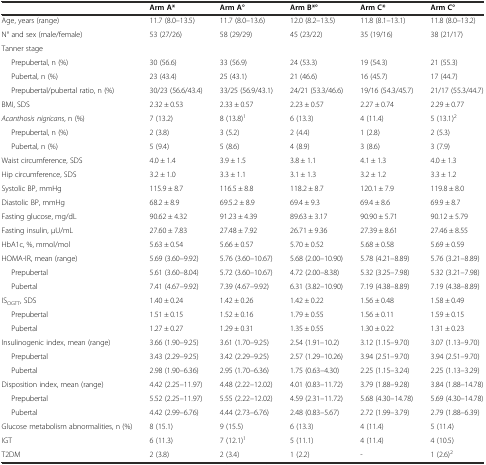
<table><thead><tr><td></td><td><b>Arm A*</b></td><td><b>Arm A°</b></td><td><b>Arm B*°</b></td><td><b>Arm C*</b></td><td><b>Arm C°</b></td></tr></thead><tbody><tr><td>Age, years (range)</td><td>11.7 (8.0–13.5)</td><td>11.7 (8.0–13.6)</td><td>12.0 (8.2–13.5)</td><td>11.8 (8.1–13.1)</td><td>11.8 (8.0–13.2)</td></tr><tr><td>N° and sex (male/female)</td><td>53 (27/26)</td><td>58 (29/29)</td><td>45 (23/22)</td><td>35 (19/16)</td><td>38 (21/17)</td></tr><tr><td>Tanner stage</td><td></td><td></td><td></td><td></td><td></td></tr><tr><td>Prepubertal, n (%)</td><td>30 (56.6)</td><td>33 (56.9)</td><td>24 (53.3)</td><td>19 (54.3)</td><td>21 (55.3)</td></tr><tr><td>Pubertal, n (%)</td><td>23 (43.4)</td><td>25 (43.1)</td><td>21 (46.6)</td><td>16 (45.7)</td><td>17 (44.7)</td></tr><tr><td>Prepubertal/pubertal ratio, n (%)</td><td>30/23 (56.6/43.4)</td><td>33/25 (56.9/43.1)</td><td>24/21 (53.3/46.6)</td><td>19/16 (54.3/45.7)</td><td>21/17 (55.3/44.7)</td></tr><tr><td>BMI, SDS</td><td>2.32 ± 0.53</td><td>2.33 ± 0.57</td><td>2.23 ± 0.57</td><td>2.27 ± 0.74</td><td>2.29 ± 0.77</td></tr><tr><td><i>Acanthosis nigricans</i>, n (%)</td><td>7 (13.2)</td><td>8 (13.8)<sup>1</sup></td><td>6 (13.3)</td><td>4 (11.4)</td><td>5 (13.1)<sup>2</sup></td></tr><tr><td>Prepubertal, n (%)</td><td>2 (3.8)</td><td>3 (5.2)</td><td>2 (4.4)</td><td>1 (2.8)</td><td>2 (5.3)</td></tr><tr><td>Pubertal, n (%)</td><td>5 (9.4)</td><td>5 (8.6)</td><td>4 (8.9)</td><td>3 (8.6)</td><td>3 (7.9)</td></tr><tr><td>Waist circumference, SDS</td><td>4.0 ± 1.4</td><td>3.9 ± 1.5</td><td>3.8 ± 1.1</td><td>4.1 ± 1.3</td><td>4.0 ± 1.3</td></tr><tr><td>Hip circumference, SDS</td><td>3.2 ± 1.0</td><td>3.3 ± 1.1</td><td>3.1 ± 1.3</td><td>3.2 ± 1.2</td><td>3.3 ± 1.2</td></tr><tr><td>Systolic BP, mmHg</td><td>115.9 ± 8.7</td><td>116.5 ± 8.8</td><td>118.2 ± 8.7</td><td>120.1 ± 7.9</td><td>119.8 ± 8.0</td></tr><tr><td>Diastolic BP, mmHg</td><td>68.2 ± 8.9</td><td>69.5.2 ± 8.9</td><td>69.4 ± 9.3</td><td>69.4 ± 8.6</td><td>69.9 ± 8.7</td></tr><tr><td>Fasting glucose, mg/dL</td><td>90.62 ± 4.32</td><td>91.23 ± 4.39</td><td>89.63 ± 3.17</td><td>90.90 ± 5.71</td><td>90.12 ± 5.79</td></tr><tr><td>Fasting insulin, μU/mL</td><td>27.60 ± 7.83</td><td>27.48 ± 7.92</td><td>26.71 ± 9.36</td><td>27.39 ± 8.61</td><td>27.46 ± 8.55</td></tr><tr><td>HbA1c, %, mmol/mol</td><td>5.63 ± 0.54</td><td>5.66 ± 0.57</td><td>5.70 ± 0.52</td><td>5.68 ± 0.58</td><td>5.69 ± 0.59</td></tr><tr><td>HOMA-IR, mean (range)</td><td>5.69 (3.60–9.92)</td><td>5.76 (3.60–10.67)</td><td>5.68 (2.00–10.90)</td><td>5.78 (4.21–8.89)</td><td>5.76 (3.21–8.89)</td></tr><tr><td>Prepubertal</td><td>5.61 (3.60–8.04)</td><td>5.72 (3.60–10.67)</td><td>4.72 (2.00–8.38)</td><td>5.32 (3.25–7.98)</td><td>5.32 (3.21–7.98)</td></tr><tr><td>Pubertal</td><td>7.41 (4.67–9.92)</td><td>7.39 (4.67–9.92)</td><td>6.31 (3.82–10.90)</td><td>7.19 (4.38–8.89)</td><td>7.19 (4.38–8.89)</td></tr><tr><td>IS<sub>OGTT</sub>, SDS</td><td>1.40 ± 0.24</td><td>1.42 ± 0.26</td><td>1.42 ± 0.22</td><td>1.56 ± 0.48</td><td>1.58 ± 0.49</td></tr><tr><td>Prepubertal</td><td>1.51 ± 0.15</td><td>1.52 ± 0.16</td><td>1.79 ± 0.55</td><td>1.56 ± 0.11</td><td>1.59 ± 0.15</td></tr><tr><td>Pubertal</td><td>1.27 ± 0.27</td><td>1.29 ± 0.31</td><td>1.35 ± 0.55</td><td>1.30 ± 0.22</td><td>1.31 ± 0.23</td></tr><tr><td>Insulinogenic index, mean (range)</td><td>3.66 (1.90–9.25)</td><td>3.61 (1.70–9.25)</td><td>2.54 (1.91–10.2)</td><td>3.12 (1.15–9.70)</td><td>3.07 (1.13–9.70)</td></tr><tr><td>Prepubertal</td><td>3.43 (2.29–9.25)</td><td>3.42 (2.29–9.25)</td><td>2.57 (1.29–10.26)</td><td>3.94 (2.51–9.70)</td><td>3.94 (2.51–9.70)</td></tr><tr><td>Pubertal</td><td>2.98 (1.90–6.36)</td><td>2.95 (1.70–6.36)</td><td>1.75 (0.63–4.30)</td><td>2.25 (1.15–3.24)</td><td>2.25 (1.13–3.29)</td></tr><tr><td>Disposition index, mean (range)</td><td>4.42 (2.25–11.97)</td><td>4.48 (2.22–12.02)</td><td>4.01 (0.83–11.72)</td><td>3.79 (1.88–9.28)</td><td>3.84 (1.88–14.78)</td></tr><tr><td>Prepubertal</td><td>5.52 (2.25–11.97)</td><td>5.55 (2.22–12.02)</td><td>4.59 (2.31–11.72)</td><td>5.68 (4.30–14.78)</td><td>5.69 (4.30–14.78)</td></tr><tr><td>Pubertal</td><td>4.42 (2.99–6.76)</td><td>4.44 (2.73–6.76)</td><td>2.48 (0.83–5.67)</td><td>2.72 (1.99–3.79)</td><td>2.79 (1.88–6.39)</td></tr><tr><td>Glucose metabolism abnormalities, n (%)</td><td>8 (15.1)</td><td>9 (15.5)</td><td>6 (13.3)</td><td>4 (11.4)</td><td>5 (11.4)</td></tr><tr><td>IGT</td><td>6 (11.3)</td><td>7 (12.1)<sup>1</sup></td><td>5 (11.1)</td><td>4 (11.4)</td><td>4 (10.5)</td></tr><tr><td>T2DM</td><td>2 (3.8)</td><td>2 (3.4)</td><td>1 (2.2)</td><td>-</td><td>1 (2.6)<sup>2</sup></td></tr></tbody></table>